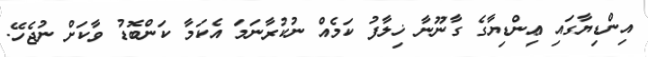
އިންޑިޔާގައި ޢިންޑިޔާގެ ގާނޫނާ ޚިލާފު ކަމެއް ނުކުރާނަމަ އެކަމާ ކަންބޮޑު ވާކަށް ނުޖެހޭ.